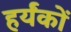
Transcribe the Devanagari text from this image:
हर्यंकों